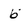
Character: b